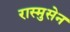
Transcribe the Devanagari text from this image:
रास्मुसेन